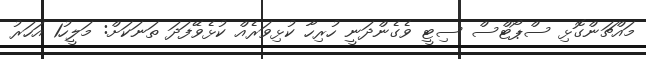
މައްޗަންގޮޅި ސްޕޯޓްސް ސިޓީ ވެގެންދަނީ ހުރިހާ ކުޅިވަރެއް ކުޅެވޭފަދަ ތަނަކަށް: މަލީހު1 އަހަރު